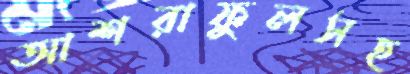
আশরাফুলসহ